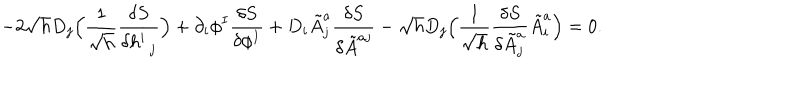
LaTeX: - 2 \sqrt { h } D _ { j } \Bigl ( \frac { 1 } { \sqrt { h } } \frac { \delta S } { \delta h _ { \hspace { 0 . 5 e m } j } ^ { i } } \Bigr ) + \partial _ { i } \phi ^ { I } \frac { \delta S } { \delta \phi ^ { I } } + D _ { i } \tilde { A } _ { j } ^ { a } \frac { \delta S } { \delta \tilde { A } ^ { a j } } - \sqrt { h } D _ { j } \Bigl ( \frac { 1 } { \sqrt { h } } \frac { \delta S } { \delta \tilde { A } _ { j } ^ { a } } \tilde { A } _ { i } ^ { a } \Bigr ) = 0 .